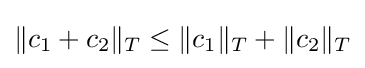
\|c_{1}+c_{2}\|_{T}\leq \|c_{1}\|_{T}+\|c_{2}\|_{T}